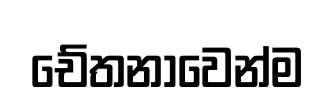
චේතනාවෙන්ම